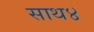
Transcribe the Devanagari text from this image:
साथ४